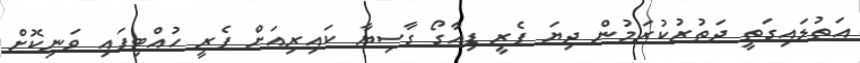
އަތުލައިގަތީ ދަތުރުކުރަމުން ދިޔަ ފެރީ ޑިއާގޯ ގާސިޔާ ކައިރިއަށް ފެރީ ހުއްޓިފައި ވަނިކޮށް